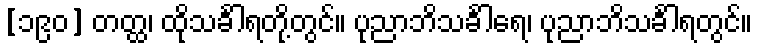
[၁၉၀] တတ္ထ၊ ထိုသင်္ခါရတို့တွင်။ ပုညာဘိသင်္ခါရေ၊ ပုညာဘိသင်္ခါရတွင်။